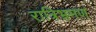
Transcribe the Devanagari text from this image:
रात्रिभ्रमण